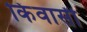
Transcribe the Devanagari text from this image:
किंवासी